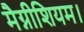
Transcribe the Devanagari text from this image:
मैग्नीशियम।